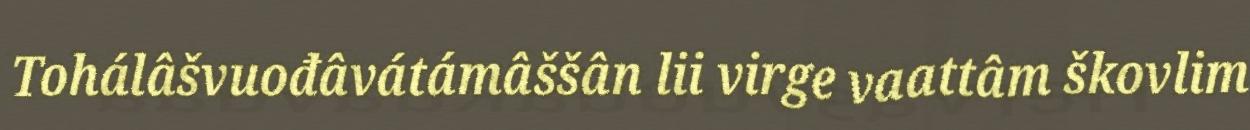
Tohálâšvuođâvátámâššân lii virge vaattâm škovlim